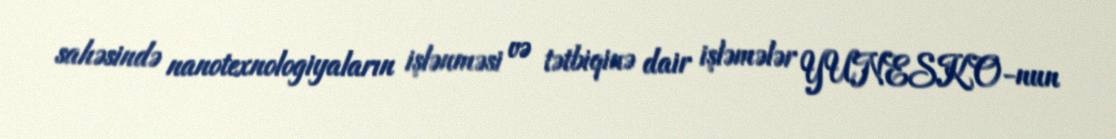
sahəsində nanotexnologiyaların işlənməsi və tətbiqinə dair işləmələr YUNESKO-nun